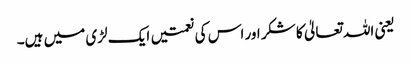
یعنی اللہ تعالیٰ کا شکر اور اس کی نعمتیں ایک لڑی میں ہیں۔